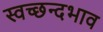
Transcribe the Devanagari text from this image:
स्वच्छन्दभाव